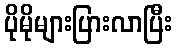
ပိုမိုများပြားလာပြီး